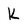
Character: K